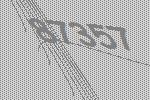
87357